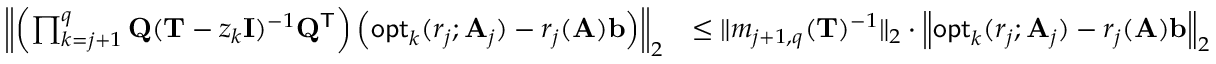
\begin{array} { r l } { \left\| \left( \prod _ { k = j + 1 } ^ { q } \mathbf { Q } ( \mathbf { T } - z _ { k } \mathbf { I } ) ^ { - 1 } \mathbf { Q } ^ { \mathsf { T } } \right) \left( \mathsf { o p t } _ { k } ( r _ { j } ; \mathbf { A } _ { j } ) - r _ { j } ( \mathbf { A } ) \mathbf { b } \right) \right\| _ { 2 } } & { \leq \| m _ { j + 1 , q } ( \mathbf { T } ) ^ { - 1 } \| _ { 2 } \cdot \left\| \mathsf { o p t } _ { k } ( r _ { j } ; \mathbf { A } _ { j } ) - r _ { j } ( \mathbf { A } ) \mathbf { b } \right\| _ { 2 } } \end{array}